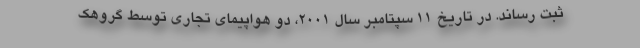
ثبت رساند. در تاریخ ۱۱ سپتامبر سال ۲۰۰۱،‌ دو هواپیمای تجاری توسط گروهک